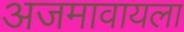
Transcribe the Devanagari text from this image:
अजमावायला